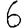
Digit: 6